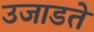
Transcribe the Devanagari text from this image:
उजाडते